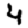
Digit: 4